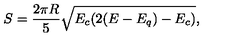
S = \frac { 2 \pi R } { 5 } \sqrt { E _ { c } ( 2 ( E - E _ { q } ) - E _ { c } ) } ,